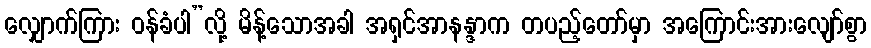
လျှောက်ကြား ဝန်ခံပါ”လို့ မိန့်သောအခါ အရှင်အာနန္ဒာက တပည့်တော်မှာ အကြောင်းအားလျော်စွာ